Leaving Certificate Examination, 1918
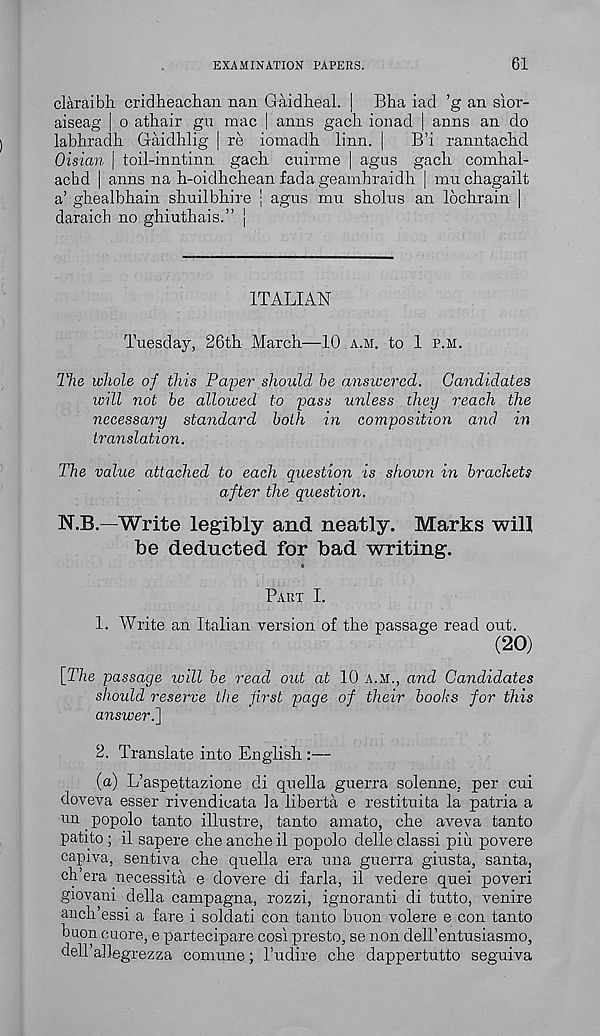
EXAMINATION PAPERS.
61
claraibh cridheaclian nan Gaidlieal. | Bha iad ’g an sior-
aiseag | o athair gu mac | anns gacli ionad | anns an do
labkradli Gaidhlig | re iomadh linn, j
B’i ranntacM
Oisian | toil-inntinn gach cnirme | agus gacli comhal-
achd | anns na h-oidhcliean fada geamhraidli | mu cliagailt
a’ gbealbliain sbuilbbire ; agus mu sholus an locbrain |
daraich no ghiuthais.” |
ITALIAN
Tuesday, 26th March—10 a.m. to 1 p.m.
The whole of this Paper should be answered. Candidates
will not be allowed to pass unless they reach the
necessary standard both in composition and in
translation.
The value attached to each question is shown in brackets
after the question.
N.B.—Write legibly and neatly. Marks will
be deducted for bad writing.
Part I.
1. Write an Italian version of the passage read out.
(20)
[The passage will be read out at 10 A.M., and Candidates
should reserve the first page of their books for this
answer.]
2. Translate into English :—
(a) L’aspettazione di quella guerra solenne, per cui
doveva esser rivendicata la liberta e restituita la patria a
un. popolo tanto illustre, tanto amato, che aveva tanto
patito ; il sapere cheancheil popolo delle class! piii povere
capiva, sentiva che quella era una guerra giusta, santa,
ch’era necessita e dovere di farla, il vedere quei poveri
giovani della campagna, rozzi, ignoranti di tutto, venire
anch’essi a fare i soldati con tanto buon volere e con tanto
buon cuore, e partecipare cosi presto, se non dell’entusiasmo,
deH’allegrezza comune; I’udire che dappertutto seguiva